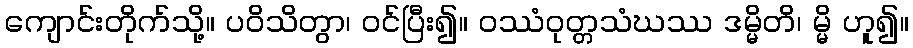
ကျောင်းတိုက်သို့။ ပဝိသိတွာ၊ ဝင်ပြီး၍။ ဝဿံဝုတ္တသံဃဿ ဒမ္မိတိ၊ မ္မိ ဟူ၍။